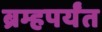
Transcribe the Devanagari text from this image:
ब्रम्हपर्यंत